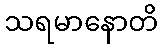
သရမာနောတိ